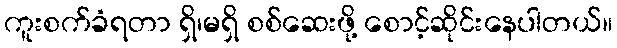
ကူးစက်ခံရတာ ရှိ၊မရှိ စစ်ဆေးဖို့ စောင့်ဆိုင်းနေပါတယ်။